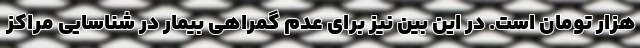
هزار تومان است. در این بین نیز برای عدم گمراهی بیمار در شناسایی مراکز